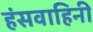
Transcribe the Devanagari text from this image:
हंसवाहिनी